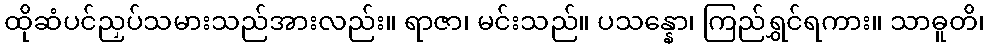
ထိုဆံပင်ညှပ်သမားသည်အားလည်း။ ရာဇာ၊ မင်းသည်။ ပသန္နော၊ ကြည်ရွှင်ရကား။ သာဓူတိ၊